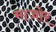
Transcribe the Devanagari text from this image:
माजोर